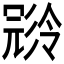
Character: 𠖝